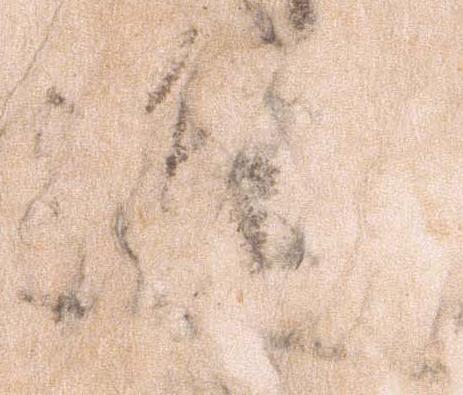
進